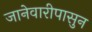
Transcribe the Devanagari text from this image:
जानेवारीपासुन